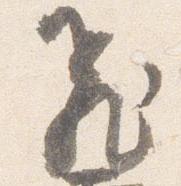
飛